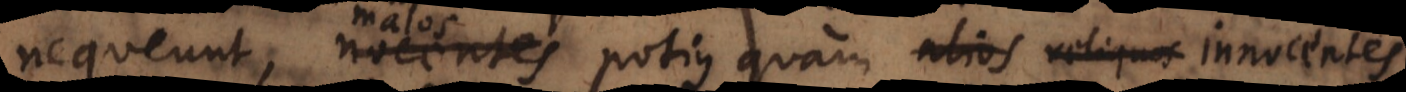
nequeunt, nocentes potius quam alios reliquos